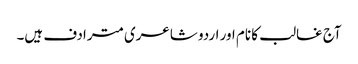
آج غالب کا نام اور اردو شاعری مترادف ہیں۔